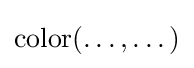
\mathrm {color} (\dots ,\dots )